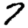
Digit: 7